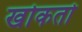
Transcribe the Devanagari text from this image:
खोकतो